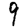
Digit: 9